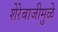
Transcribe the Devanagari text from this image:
शेरेबाजीमुळे